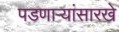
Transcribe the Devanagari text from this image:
पडणाऱ्यांसारखे